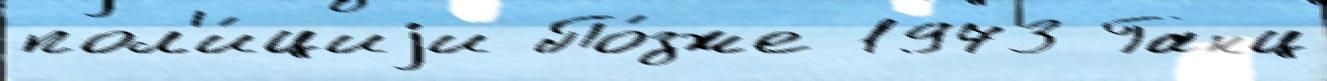
пол'и́циjи По́зже 1973 Ганц